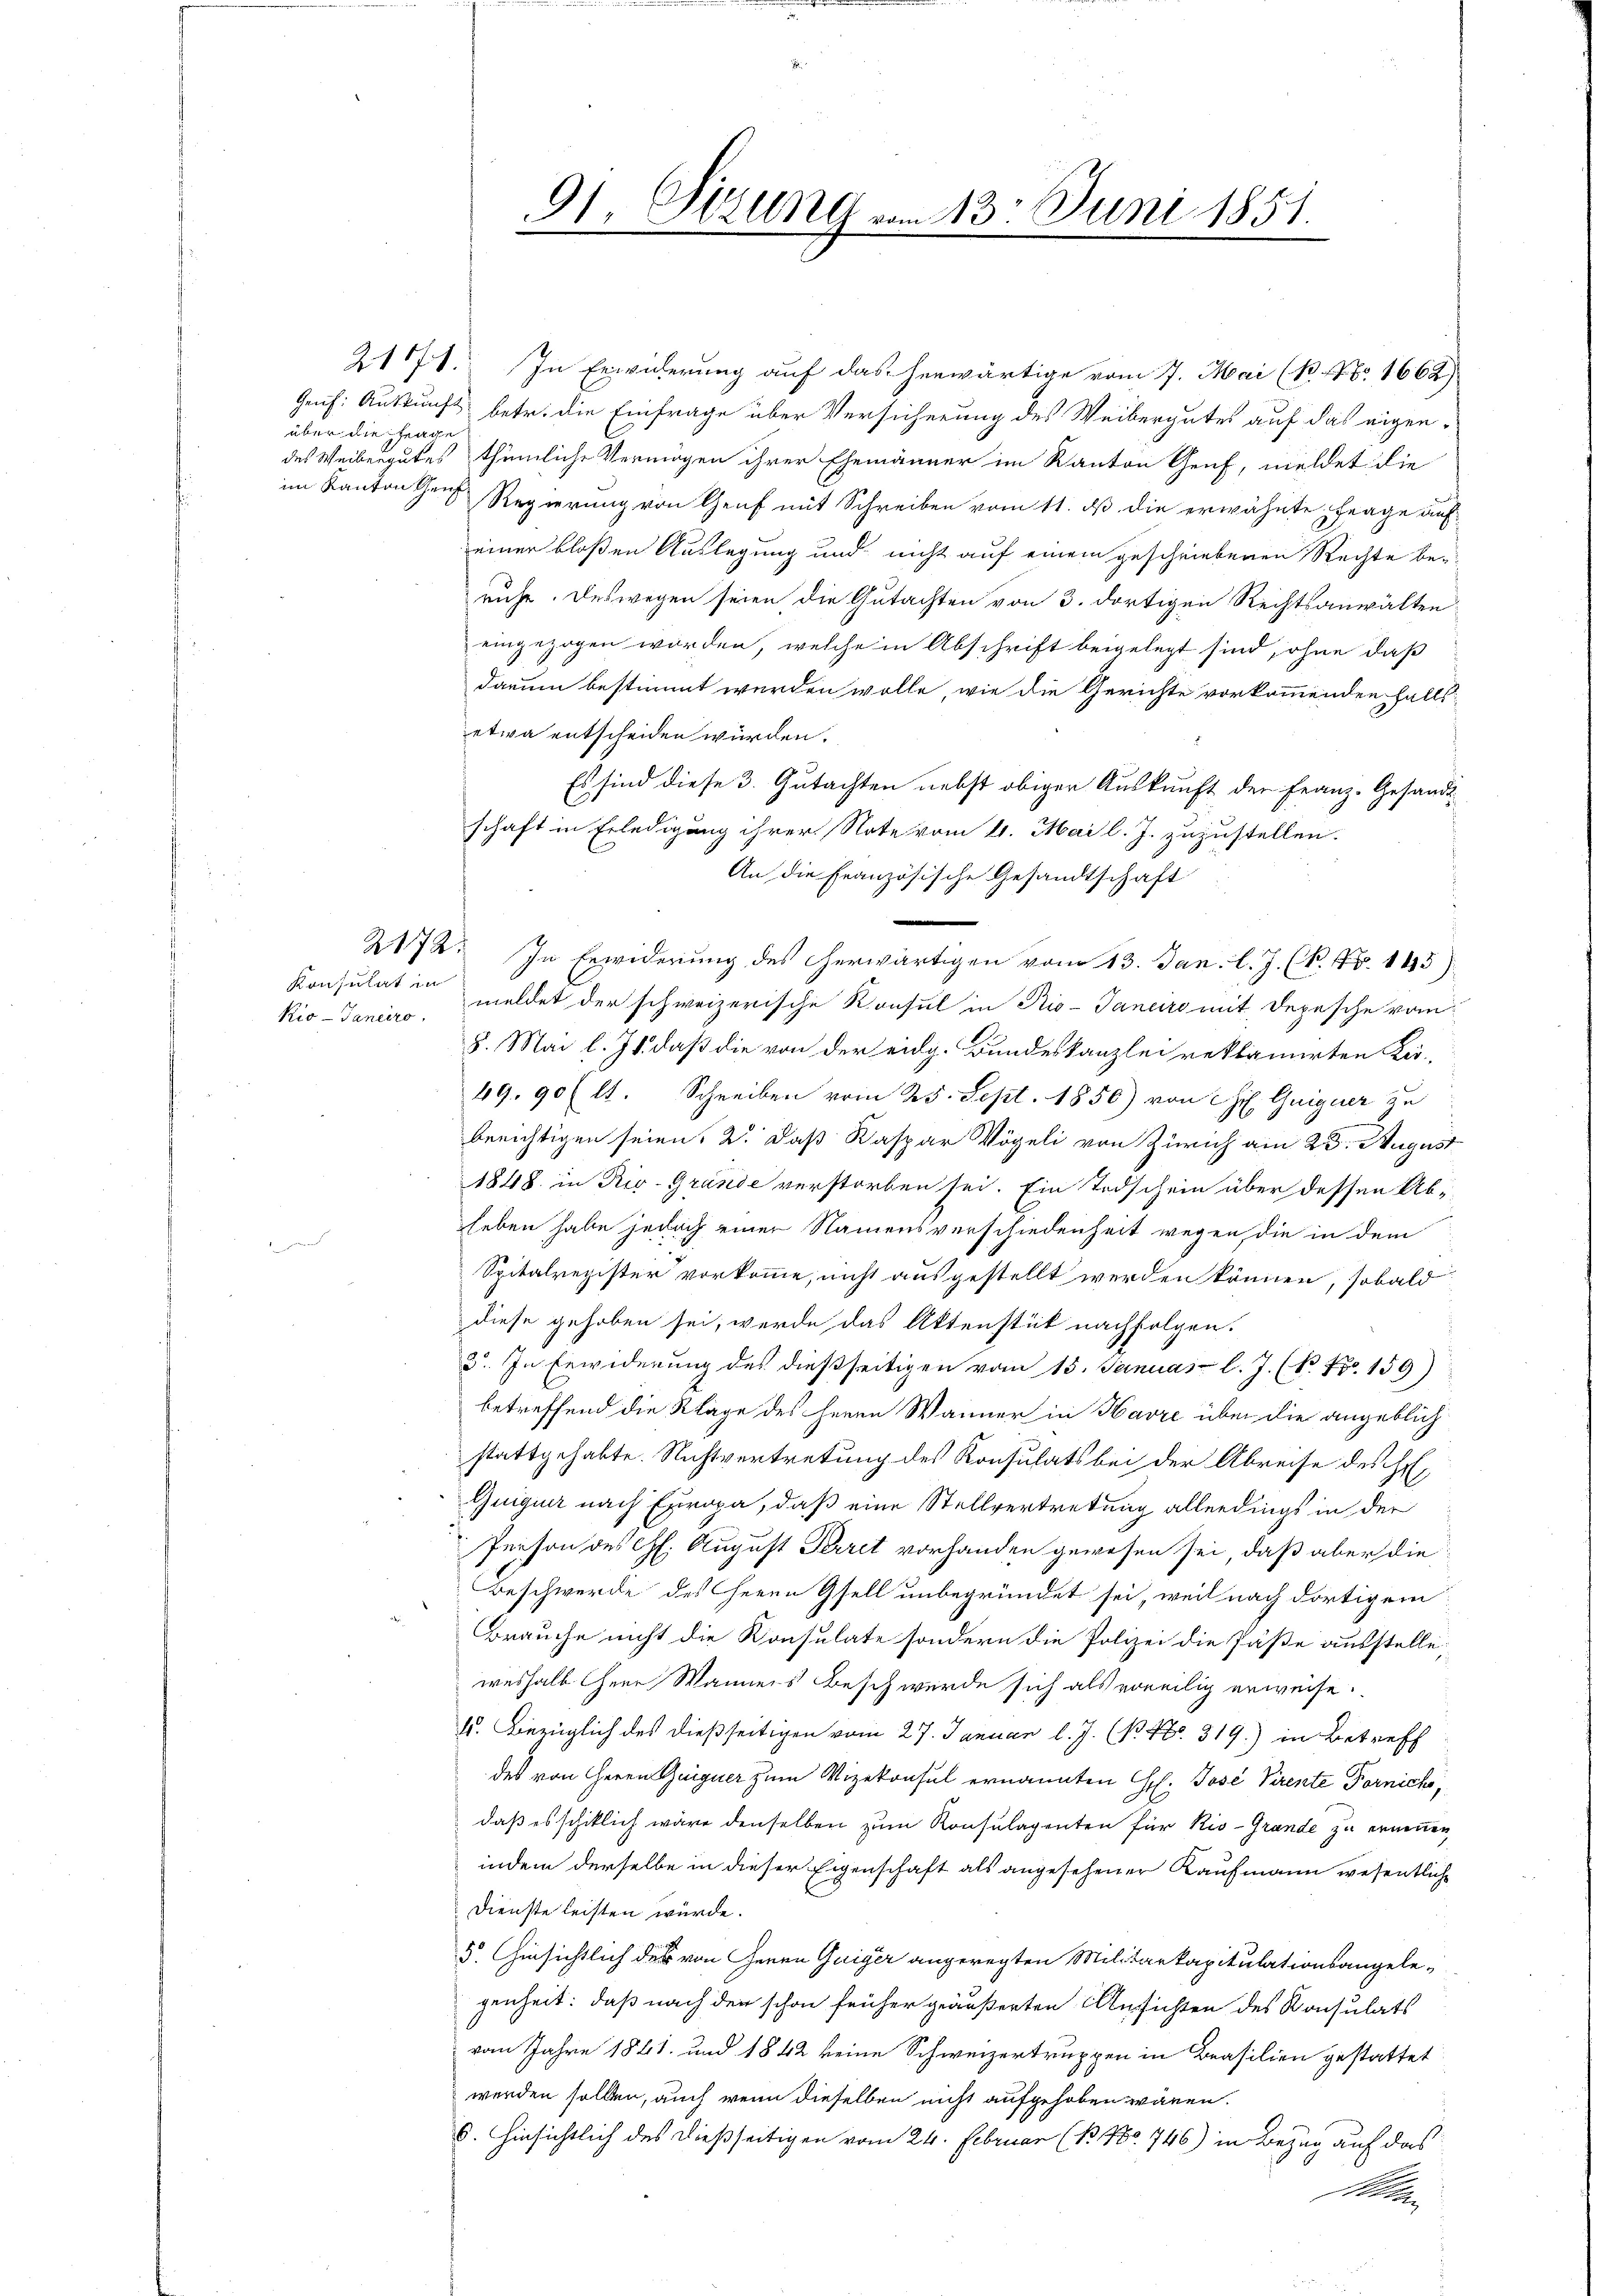
über die Frage

Konsulat in
kio-Janeiro

2171. In Erwiderung auf das herwärtige vom 7. Mai (1. No. 1662)
Gruf: Auskunft betr. die Einfrage über Versicherung des Weibergutes auf das eigendes Weibergutes thümliche Vermögen ihrer Ehemänner im Kanton Genf, meldet die
im Kantonen Regierung von Genf mit Schreiben vom 11. ds die erwähnte Frage auf
einer bloßen Auslegung und nicht auf einem geschriebenen Rechte be-
ruhe. Deswegen seien die Gutachten von 3. dortigen Rechtsanwalteneingezogen worden, welche in Abschrift beigelegt sind, ohne daß
darum bestimmt werden wolle, wie die Gerichte vorkommenden falls
etwa entscheiden würden.
Es sind diese 3. Gutachten nebst obiger Auskunft der Franz-Gesandtschaft in Erledigung ihrer Note vom 11. Mai l. J. zuzustellen.
An die Französische Gesandtschaft
2172. In Erwiderŭng des erwärtigen vom 13. Jan. l. J. (k. Nr. 145).
meldet der schweizerische Konsul in Rio-Janeiro mit Depesche vom
8. Mai l. Js. daß die von der eidg. Bundeskanzlei reklamirten Ker¬
49, 90 (lt. Schreiben vom 25. Sept. 1850) von Hr. Guiguer zu
berichtigen seien, 2. Daß Kaspar Vögeli von Zürich am 23. August
1848 in Rio. Grande verstorben sei. Ein Todschein über dessen Ableben habe jedoch einer Namensverschiedenheit wegen, die in dem
Spitalregister vorkomme, nicht ausgestellt werden können, sobald
diese gehoben sei, werde das Aktenstück nachfolgen.
3. In Erwiderung des dießseitigen vom 15. Januar l. J. (k Nr 159)
betreffend die Klage des Herrn Wanner in Havre über die angeblich
stattgehabte. Nichtvertretung des Konsulats bei der Abreise des Hol¬
Guiguer nach Europa, daß eine Stellvertretung allerdings in der
Person des Chl. August Herret vorhanden gewesen sei, daß aber die
Beschwerde des Herrn Gfell unbegründet sei, weil nach dortigem
Brauche nicht die Konsulate sondern die Polizei die Päße ausstelle,
weshalb Herr Wannes Beschwerde sich als erweilig erweise.
15. Bezüglich des dießseitigen vom 27. Januar l. J. B. No. 319.) in Betreff
des von Herrn Guiguer zum Vizekonsul ernannten H. Jose Virente Forniche,
daß es schiklich wäre denselben zum Konsulagenten für Kio-Grande zu ernennen,
indem derselbe in dieser Eigenschaft als angesehener Kaufmann wesentliche
Dienste leisten würde.
5. Hinsichtlich des von Genen Guiger angeregten Militärkapitulationsangele-
genheit: daß nach der schon früher geäußerten Ansichten des Konsulats
vom Jahre 1841. und 1842 keine Schweizertruppen in Brasilien gestattet
werden sollten, auch wenn dieselben nicht aufgehoben wären.
6. Hinsichtlich des dießseitigen vom 24. Februar (B No 746) in Bezug auf das

91. Ottung vom 13. Juni 1851.